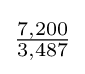
{\tfrac {7,200}{3,487}}